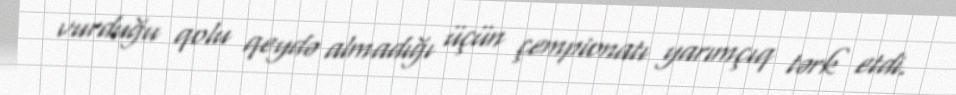
vurduğu qolu qeydə almadığı üçün çempionatı yarımçıq tərk etdi.